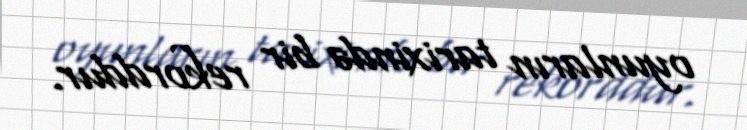
oyunların tarixində bir rekorddur.